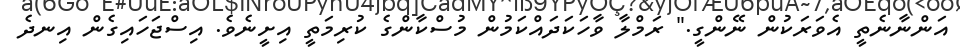
އަންނާނެތީ އެވަރަކުން ނޭންގީ." ރަމްލާ ވާހަކަދައްކަމުން މުސްކާންގެ ކުރިމަތީ އިށީނެވެ. އިސްޖަހައިގެން އިނދެ